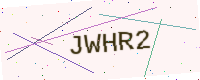
Text: JWHR2